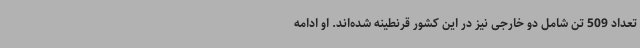
تعداد 509 تن شامل دو خارجی نیز در این کشور قرنطینه شده‌اند. او ادامه